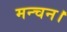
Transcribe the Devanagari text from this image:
मन्चन।